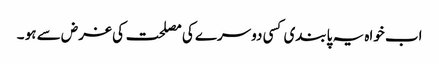
اب خواہ یہ پابندی کسی دوسرے کی مصلحت کی غرض سے ہو ۔